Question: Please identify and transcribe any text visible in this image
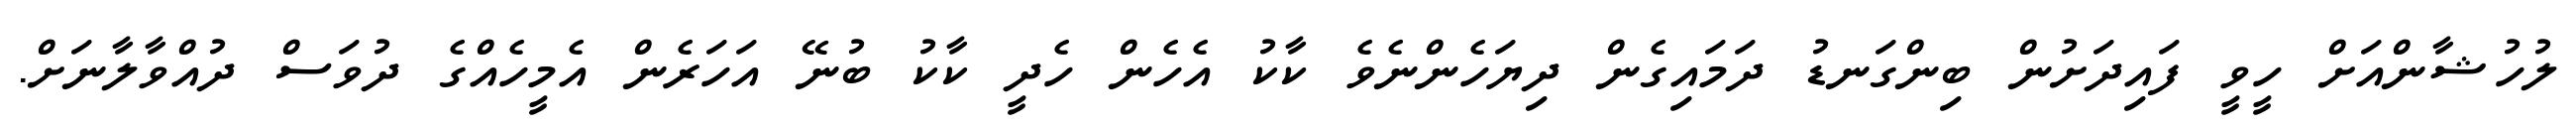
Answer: ލުހުޝާންއަށް ހީވީ ފައިދަށުން ބިންގަނޑު ދަމައިގެން ދިޔަހެންނެވެ ކާކު އެހެން ހެދީ ކާކު ބުނޭ އަހަރެން އެމީހެއްގެ ދުވަސް ދުއްވާލާނަށް.